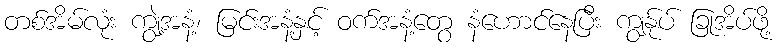
တစ်အိမ်လုံး ကျွဲ့အနံ့၊ မြင်းအနံ့နှင့် ဝက်အနံ့တွေ နံဟောင်နေပြီး ကျွန်ုပ် ခြုအိပ်ဖို့